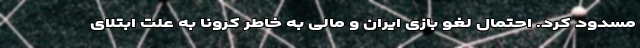
مسدود کرد. احتمال لغو بازی ایران و مالی به خاطر کرونا به علت ابتلای